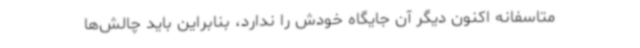
متاسفانه اکنون دیگر آن جایگاه خودش را ندارد، بنابراین باید چالش‌ها